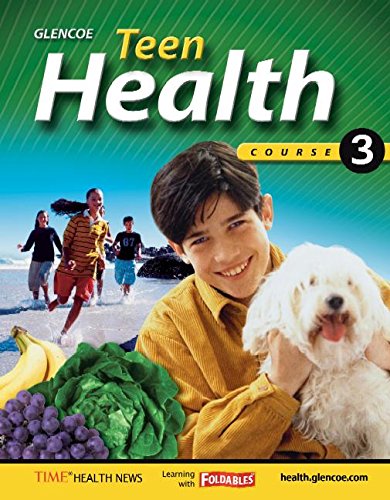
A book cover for Teen Health - Course 3; Bronson; Health, Fitness & Dieting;